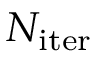
N _ { \mathrm { i t e r } }